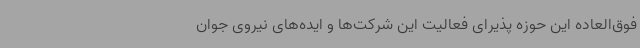
فوق‌العاده این حوزه پذیرای فعالیت این شرکت‌ها و ایده‌های نیروی جوان